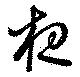
夜